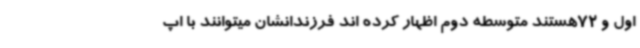
اول و 72هستند متوسطه دوم اظهار کرده اند فرزندانشان میتوانند با اپ